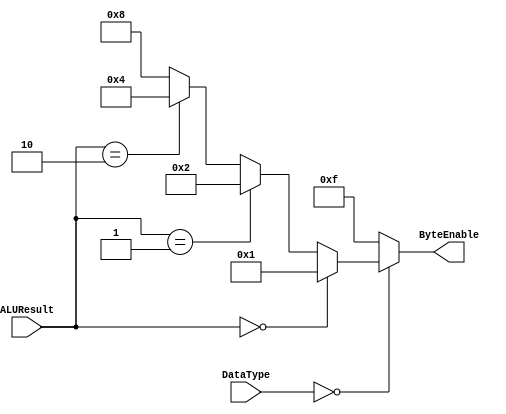
`timescale 1ns / 1ps
//////////////////////////////////////////////////////////////////////////////////
// Company: 
// Engineer: 
// 
// Design Name: 
// Module Name:    Byte_ 
// Project Name: 
// Target Devices: 
// Tool versions: 
// Description: 
//
// Dependencies: 
//
// Revision: 
// Revision 0.01 - File Created
// Additional Comments: 
//
//////////////////////////////////////////////////////////////////////////////////
module Byte_Enable(
   input [1:0] ALUResult, // 
   input [1:0] DataType,
   output reg [3:0] ByteEnable
    );

	always @(*) // puede que este malo, tenga piedad 
		if (DataType == 2'b00)
		begin
			if(ALUResult == 2'b00)
				ByteEnable = 4'b0001;
			else if (ALUResult == 2'b01)
				ByteEnable = 4'b0010;
			else if (ALUResult == 2'b10)
				ByteEnable = 4'b0100;
			else 
				ByteEnable = 4'b1000;
		end
		else
			ByteEnable = 4'b1111;
	 

endmodule